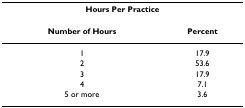
| <COLSPAN=2> Hours Per Practice |
 | --- | --- |
 | Number of Hours | Percent |
 | 1 | 17.9 |
 | 2 | 53.6 |
 | 3 | 17.9 |
 | 4 | 7.1 |
 | 5 or more | 3.6 |